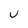
Character: U